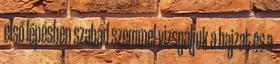
első lépésben szabad szemmel vizsgáljuk a hajzat és a